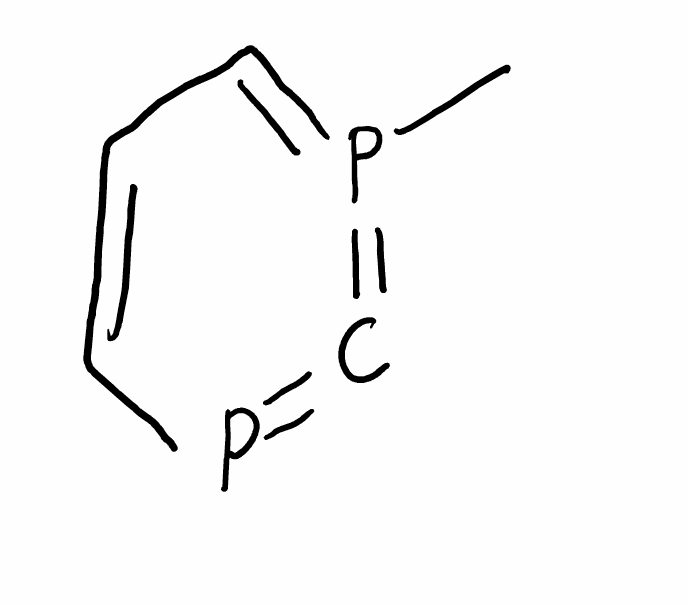
Simplified molecular-input line-entry system (SMILES) notation of the given molecule:
CP=1=CC=CP=C1